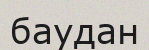
баудан